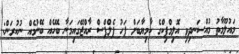
މައުލޫމާތު މުއްސަނދިވި އޮލިމްޕިކްގެ ކާމިޔާބަށް ފަހު ފެލްޕްސް ރާއްޖޭގައިމަނާ ބޭހެއް ބޭނުމެއް ނުކުރަން: